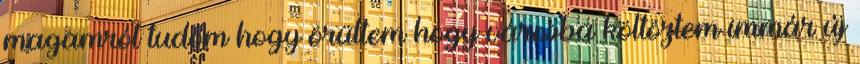
magamról tudom hogy örültem hogy városba költöztem immár új